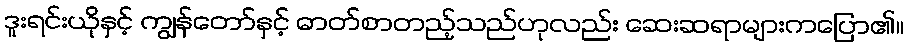
ဒူးရင်းယိုနှင့် ကျွန်တော်နှင့် ဓာတ်စာတည့်သည်ဟုလည်း ဆေးဆရာများကပြော၏။